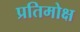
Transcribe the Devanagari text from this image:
प्रतिमोक्ष